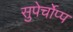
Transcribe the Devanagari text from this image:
सुपेर्चोप्प